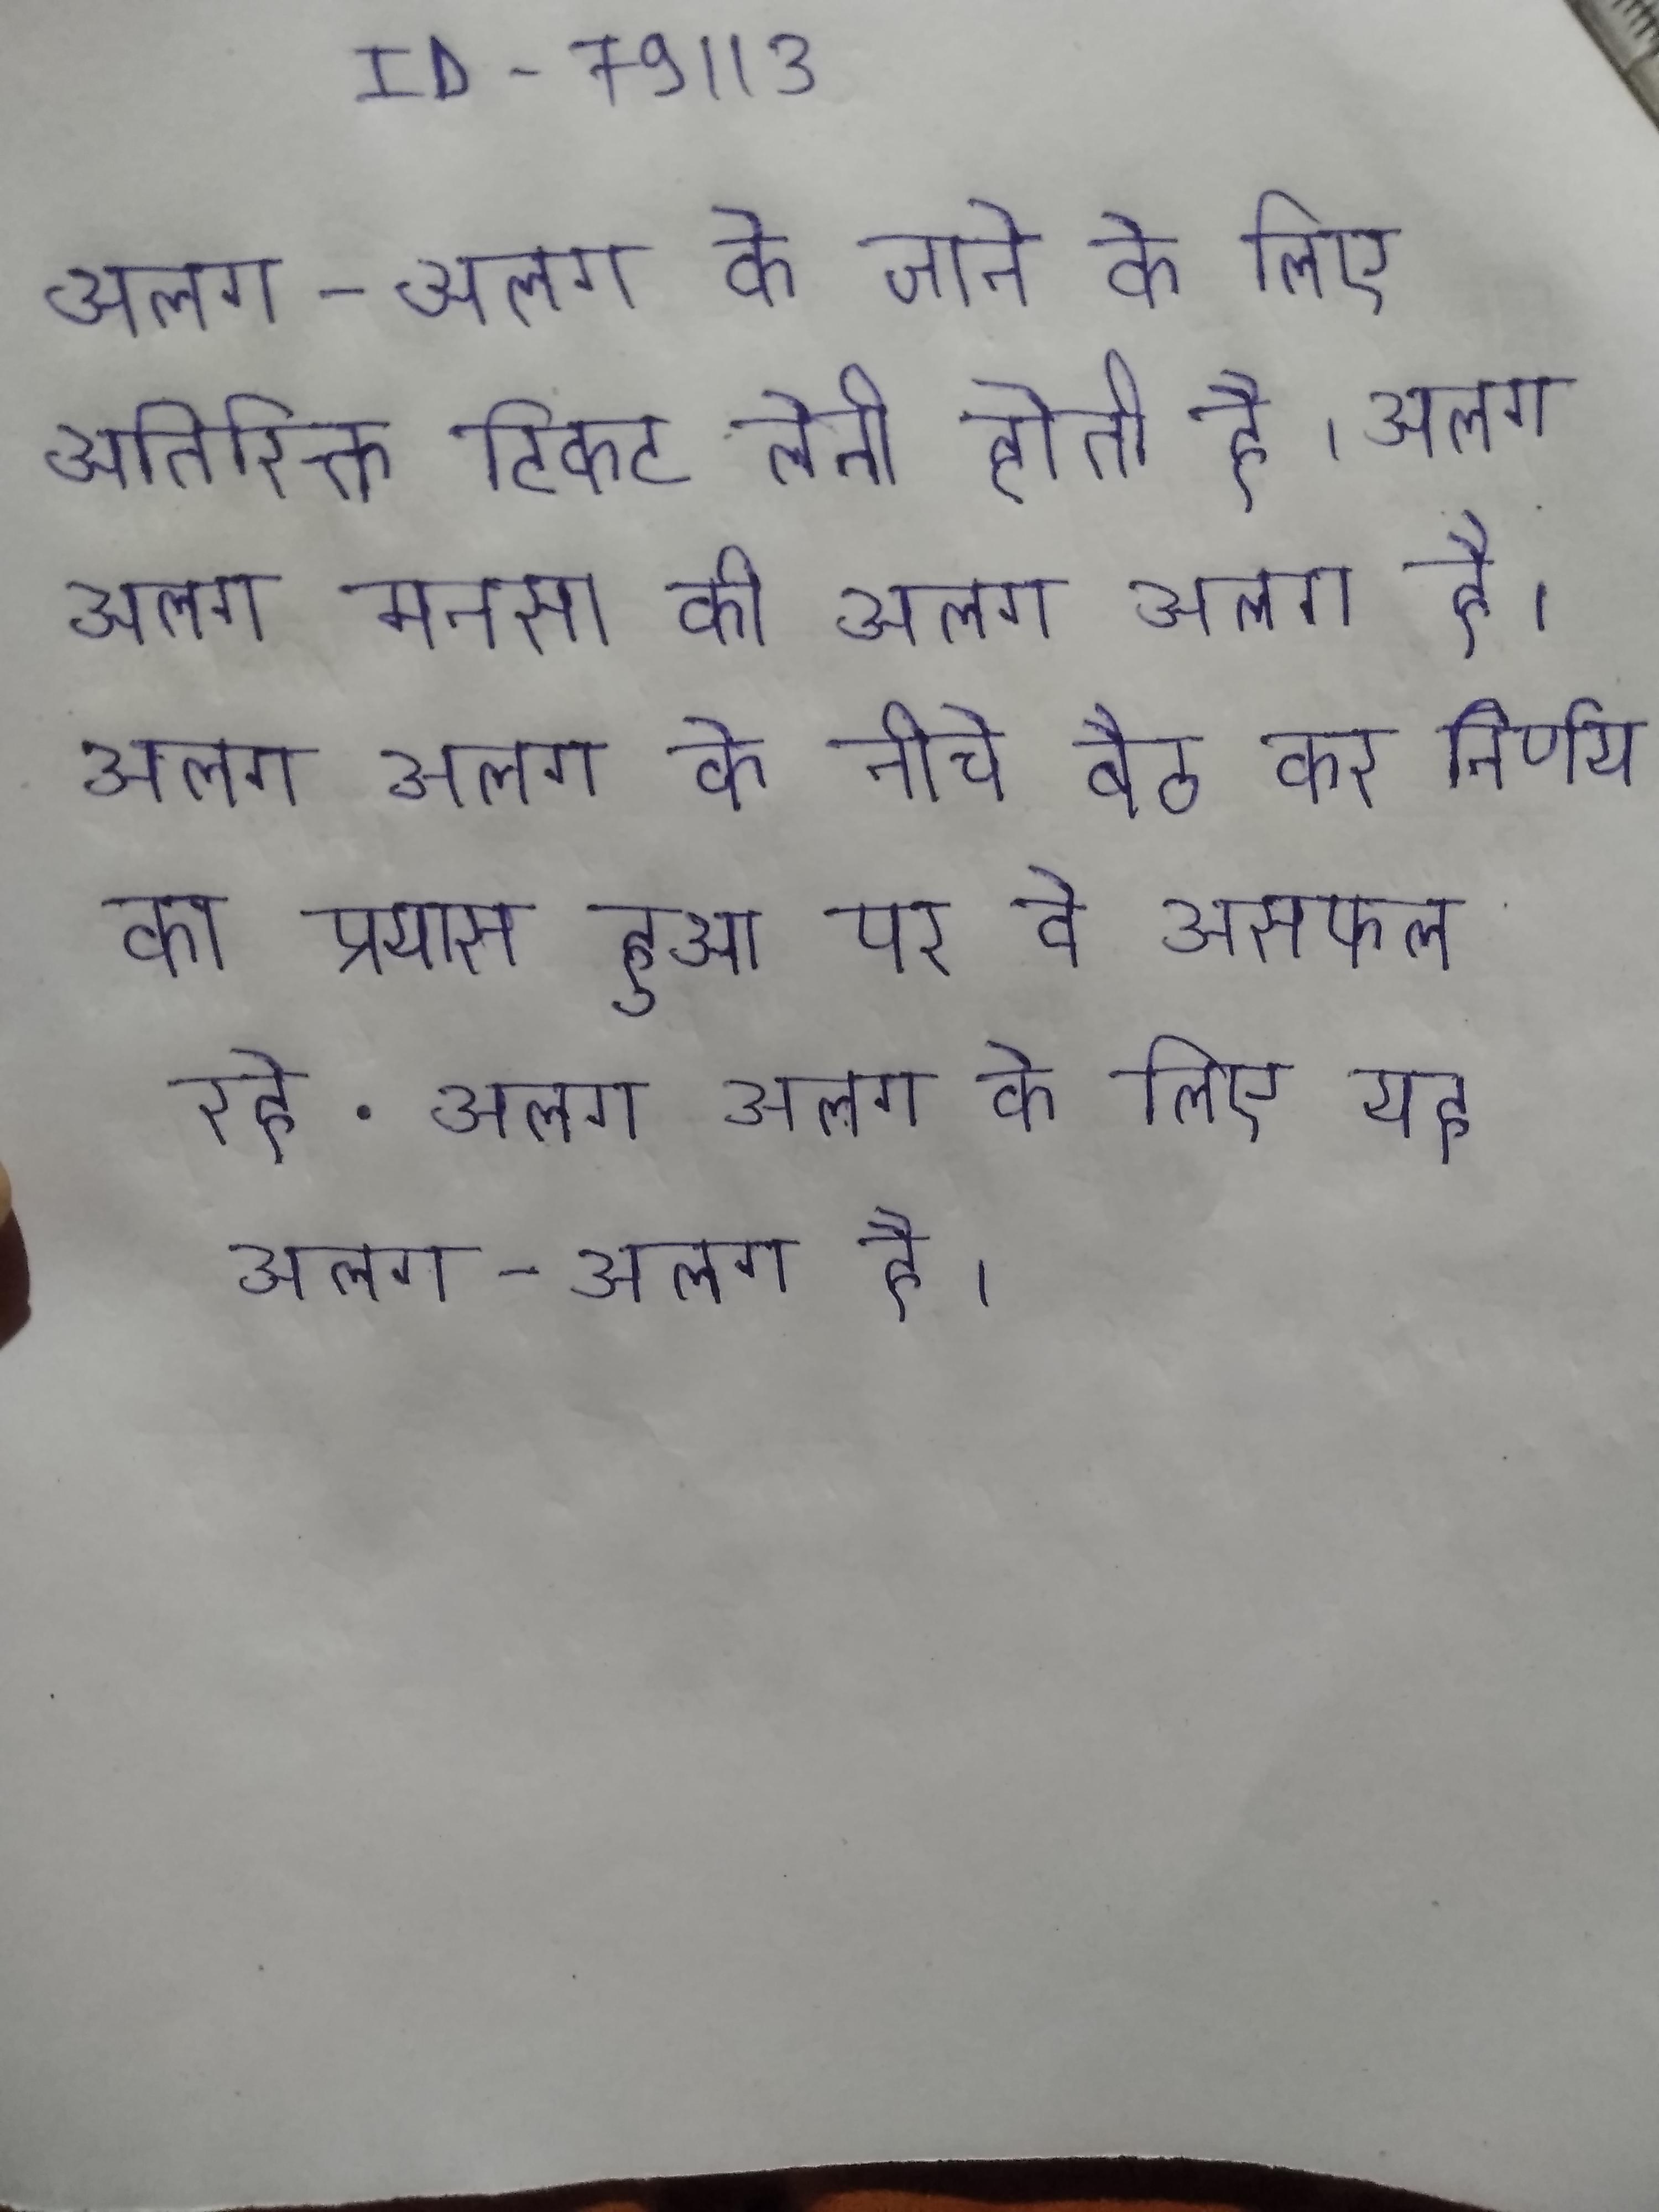
अलग-अलग के जाने के लिए अतिरिक्त टिकट लेनी होती है । अलग अलग मनसा की अलग अलग है । अलग अलग के नीचे बैठ कर निर्णय का प्रयास हुआ पर वे असफल रहे . अलग अलग के लिए यह अलग-अलग है ।